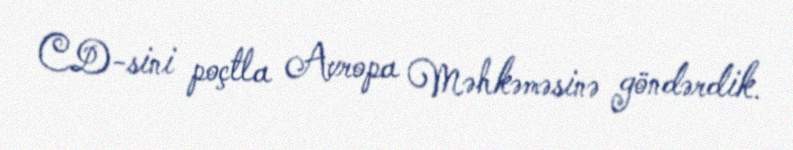
CD-sini poçtla Avropa Məhkəməsinə göndərdik.